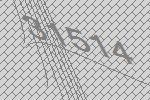
31514